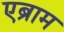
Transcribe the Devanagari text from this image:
एब्राम